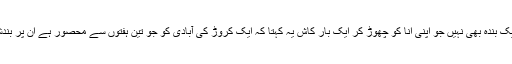
میں خود سے کہہ رہی ہوں برصغیر میں کوئی ایک بندہ بھی نہیں جو اپنی انا کو چھوڑ کر ایک بار کاش یہ کہتا کہ ایک کروڑ کی آبادی کو جو تین ہفتوں سے محصور ہے ان پر بندشیں ہٹانے کے لیے کیا کوششیں کی جاسکتی ہیں۔